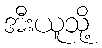
အီးယူသို့